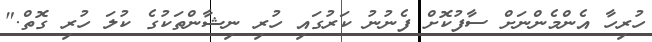
ހުރިހާ އެންމެންނަށް ސާފުކޮށް ފެނުނު ކަރުގައި ހުރި ނިޝާންތަކުގެ ކުލަ ހުރި ގޮތް."